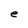
Character: e